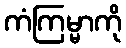
ကံကြမ္မာကို